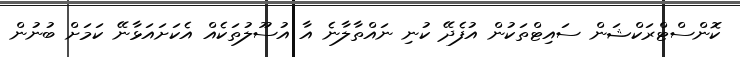
ކޮންސްޓްރަކްޝަން ސައިޓްތަކުން އުފެދޭ ކުނި ނައްތާލާނެ އާ އުސޫލުތަކެއް އެކަށައަޅާނޭ ކަމަށް ބުނުން